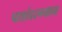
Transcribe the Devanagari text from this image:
पात्रांदरम्यान